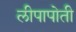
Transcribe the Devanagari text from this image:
लीपापोती